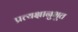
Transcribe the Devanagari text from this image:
प्रत्यक्षानुभूत